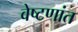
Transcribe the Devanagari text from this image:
वेष्टणांत